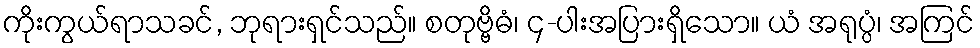
ကိုးကွယ်ရာသခင်, ဘုရားရှင်သည်။ စတုဗ္ဗိဓံ၊ ၄-ပါးအပြားရှိသော။ ယံ အရုပ္ပံ၊ အကြင်